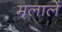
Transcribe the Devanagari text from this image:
मलालें